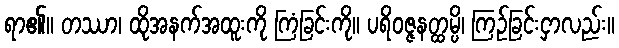
ရာ၏။ တဿာ၊ ထိုအနက်အထူးကို ကြံခြင်းကို။ ပရိဝဇ္ဇနတ္ထမ္ပိ၊ ကြဉ်ခြင်းငှာလည်း။